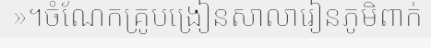
»។ចំណែកគ្រូបង្រៀនសាលារៀនភូមិពាក់